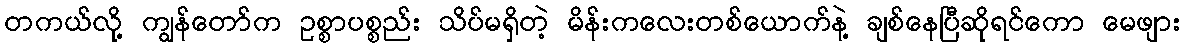
တကယ်လို့ ကျွန်တော်က ဥစ္စာပစ္စည်း သိပ်မရှိတဲ့ မိန်းကလေးတစ်ယောက်နဲ့ ချစ်နေပြီဆိုရင်ကော မေဖျား